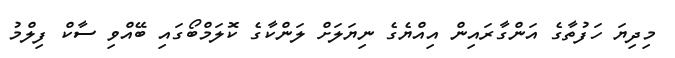
މިދިޔަ ހަފުތާގެ އަންގާރައިން އިއްޔެގެ ނިޔަލަށް ލަންކާގެ ކޮލަމްބޯގައި ބޭއްވި ސާކް ފިލްމު